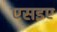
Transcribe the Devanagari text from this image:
एसइए